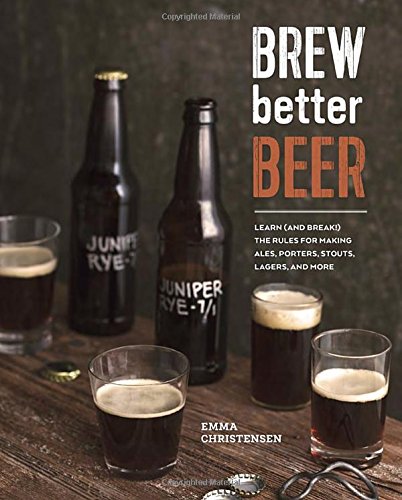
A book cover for Brew Better Beer: Learn (and Break) the Rules for Making IPAs, Sours, Pilsners, Stouts, and More; Emma Christensen; Cookbooks, Food & Wine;